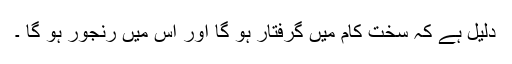
دلیل ہے کہ سخت کام میں گرفتار ہو گا اور اس میں رنجور ہو گا ۔